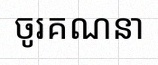
ចូរគណនា